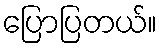
ပြောပြတယ်။